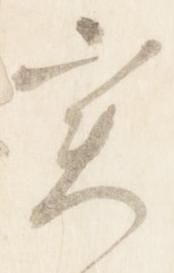
実